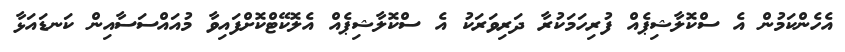
އެހެންކަމުން އެ ސްކޮލާޝިޕެއް ފުރިހަމަކުރާ ދަރިވަރަކު އެ ސްކޮލާޝިޕެއް އެލޮކޭޓްކޮށްފައިވާ މުއައްސަސާއިން ކަނޑައަޅާ